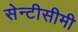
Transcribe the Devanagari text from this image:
सेन्टीसीमी